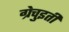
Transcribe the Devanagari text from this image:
ग्रेचुइती